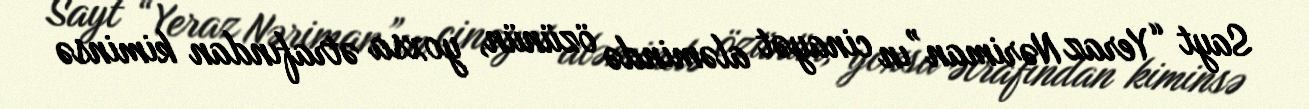
Sayt “Yeraz Nəriman”ın cinayət aləmində özünün, yoxsa ətrafından kiminsə